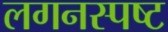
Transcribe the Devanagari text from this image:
लगनस्पष्ट